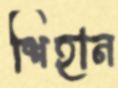
শিহান